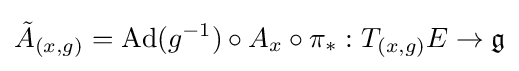
{\tilde {A}}_{(x,g)}={\text{Ad}}(g^{-1})\circ A_{x}\circ \pi _{*}:T_{(x,g)}E\to {\mathfrak {g}}